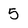
Character: 5